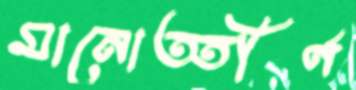
মানোত্তীর্ণ